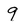
Character: 9